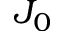
J _ { 0 }